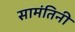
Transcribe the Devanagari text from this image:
सामंतिनी